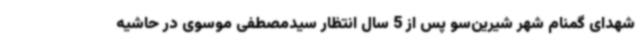
شهدای گمنام شهر شیرین‌سو پس از 5 سال انتظار سیدمصطفی موسوی در حاشیه